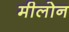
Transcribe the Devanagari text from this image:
मीलोन